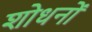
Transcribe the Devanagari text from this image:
शोधनों